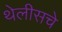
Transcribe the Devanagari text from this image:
थेलीसचे